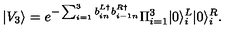
| V _ { 3 } \rangle = e ^ { - \sum _ { i = 1 } ^ { 3 } b _ { i n } ^ { L \dag } b _ { i - 1 n } ^ { R \dag } } \Pi _ { i = 1 } ^ { 3 } | 0 \rangle _ { i } ^ { L } | 0 \rangle _ { i } ^ { R } .